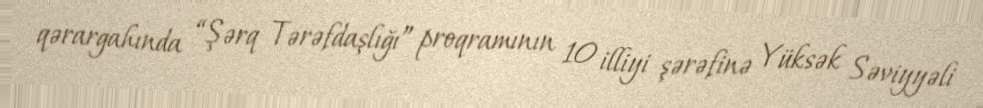
qərargahında “Şərq Tərəfdaşlığı” proqramının 10 illiyi şərəfinə Yüksək Səviyyəli